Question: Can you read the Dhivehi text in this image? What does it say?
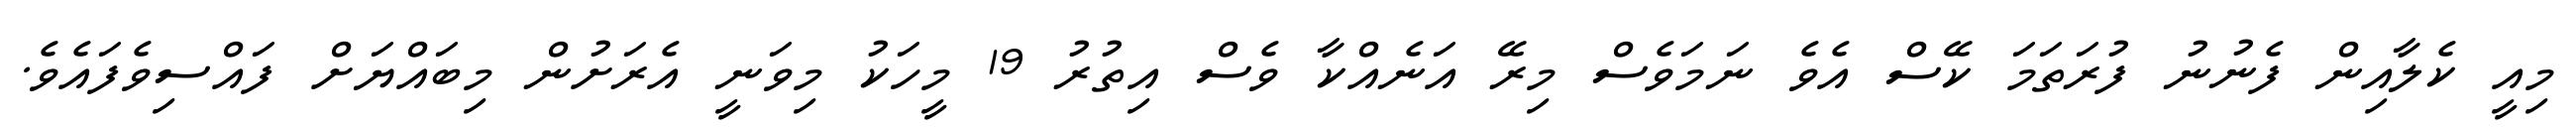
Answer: މިއީ ކެލާއިން ފެނުނު ފުރަތަމަ ކޭސް އެވެ ނަމަވެސް މިރޭ އަނެއްކާ ވެސް އިތުރު 19 މީހަކު މިވަނީ އެރަށުން މިބައްޔަށް ފައްސިވެފައެވެ.